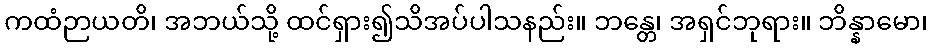
ကထံဉာယတိ၊ အဘယ်သို့ ထင်ရှား၍သိအပ်ပါသနည်း။ ဘန္တေ၊ အရှင်ဘုရား။ ဘိန္နာမော၊